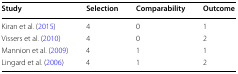
<table><thead><tr><td><b>Study</b></td><td><b>Selection</b></td><td><b>Comparability</b></td><td><b>Outcome</b></td></tr></thead><tbody><tr><td>Kiran et al. (2015)</td><td>4</td><td>0</td><td>1</td></tr><tr><td>Vissers et al. (2010)</td><td>4</td><td>0</td><td>2</td></tr><tr><td>Mannion et al. (2009)</td><td>4</td><td>1</td><td>1</td></tr><tr><td>Lingard et al. (2006)</td><td>4</td><td>1</td><td>2</td></tr></tbody></table>